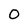
Character: O